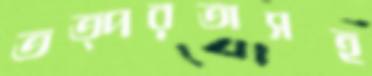
তত্পরতাসহ